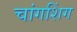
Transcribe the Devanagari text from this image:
चांगशिंग